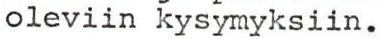
oleviin kysymyksiin.